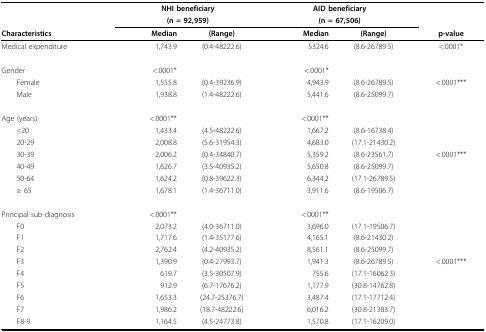
<table><thead><tr><td></td><td colspan="2"><b>NHI beneficiary</b></td><td colspan="2"><b>AID beneficiary</b></td><td></td></tr><tr><td></td><td colspan="2"><b>(n = 92,959)</b></td><td colspan="2"><b>(n = 67,506)</b></td><td></td></tr><tr><td><b>Characteristics</b></td><td><b>Median</b></td><td><b>(Range)</b></td><td><b>Median</b></td><td><b>(Range)</b></td><td><b>p-value</b></td></tr></thead><tbody><tr><td>Medical expenditure</td><td>1,743.9</td><td>(0.4-48222.6)</td><td>5324.6</td><td>(8.6-26789.5)</td><td>&lt;.0001*</td></tr><tr><td>Gender</td><td>&lt;.0001*</td><td></td><td>&lt;.0001*</td><td></td><td></td></tr><tr><td> Female</td><td>1,555.8</td><td>(0.4-39236.9)</td><td>4,943.9</td><td>(8.6-26789.5)</td><td>&lt;.0001***</td></tr><tr><td> Male</td><td>1,938.8</td><td>(1.4-48222.6)</td><td>5,441.6</td><td>(8.6-25099.7)</td><td></td></tr><tr><td>Age (years)</td><td>&lt;.0001**</td><td></td><td>&lt;.0001**</td><td></td><td></td></tr><tr><td> &lt;20</td><td>1,433.4</td><td>(4.5-48222.6)</td><td>1,667.2</td><td>(8.6-16738.4)</td><td></td></tr><tr><td> 20-29</td><td>2,008.8</td><td>(5.6-31954.3)</td><td>4,683.0</td><td>(17.1-21430.2)</td><td></td></tr><tr><td> 30-39</td><td>2,006.2</td><td>(0.4-34840.7)</td><td>5,359.2</td><td>(8.6-23561.7)</td><td>&lt;.0001***</td></tr><tr><td> 40-49</td><td>1,626.7</td><td>(3.5-40935.2)</td><td>5,650.8</td><td>(8.6-25099.7)</td><td></td></tr><tr><td> 50-64</td><td>1,624.2</td><td>(0.8-39622.3)</td><td>6,344.2</td><td>(17.1-26789.5)</td><td></td></tr><tr><td> ≥ 65</td><td>1,678.1</td><td>(1.4-36711.0)</td><td>3,911.6</td><td>(8.6-19506.7)</td><td></td></tr><tr><td>Principal sub-diagnosis</td><td>&lt;.0001**</td><td></td><td>&lt;.0001**</td><td></td><td></td></tr><tr><td> F0</td><td>2,073.2</td><td>(4.0-36711.0)</td><td>3,696.0</td><td>(17.1-19506.7)</td><td></td></tr><tr><td> F1</td><td>1,717.6</td><td>(1.4-35177.6)</td><td>4,165.1</td><td>(8.6-21430.2)</td><td></td></tr><tr><td> F2</td><td>2,762.4</td><td>(4.2-40935.2)</td><td>8,561.1</td><td>(8.6-25099.7)</td><td></td></tr><tr><td> F3</td><td>1,390.9</td><td>(0.4-27993.7)</td><td>1,941.3</td><td>(8.6-26789.5)</td><td>&lt;.0001***</td></tr><tr><td> F4</td><td>619.7</td><td>(3.5-30507.9)</td><td>755.6</td><td>(17.1-16062.3)</td><td></td></tr><tr><td> F5</td><td>912.9</td><td>(6.7-17676.2)</td><td>1,177.9</td><td>(30.8-14762.8)</td><td></td></tr><tr><td> F6</td><td>1,653.3</td><td>(24.7-25376.7)</td><td>3,487.4</td><td>(17.1-17712.4)</td><td></td></tr><tr><td> F7</td><td>1,986.2</td><td>(18.7-48222.6)</td><td>6,016.2</td><td>(30.8-21383.7)</td><td></td></tr><tr><td> F8-9</td><td>1,164.5</td><td>(4.5-24773.8)</td><td>1,570.8</td><td>(17.1-16209.0)</td><td></td></tr></tbody></table>